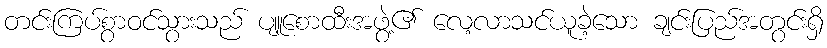
တင်းကြပ်စွာဝင်သွားသည် ပျူစောထီးအဖွဲ့၏ လေ့လာသင်ယူခဲ့သော ချင်းပြည်အတွင်းရှိ